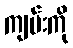
ကျမ်းကို